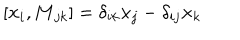
[ { \bf { x } } _ { i } , { \bf { M } } _ { j k } ] = \delta _ { i k } { \bf { x } } _ { j } - \delta _ { i j } { \bf { x } } _ { k }